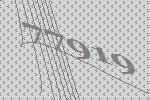
77919